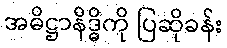
အဓိဋ္ဌာနိဒ္ဓိကို ပြဆိုခန်း